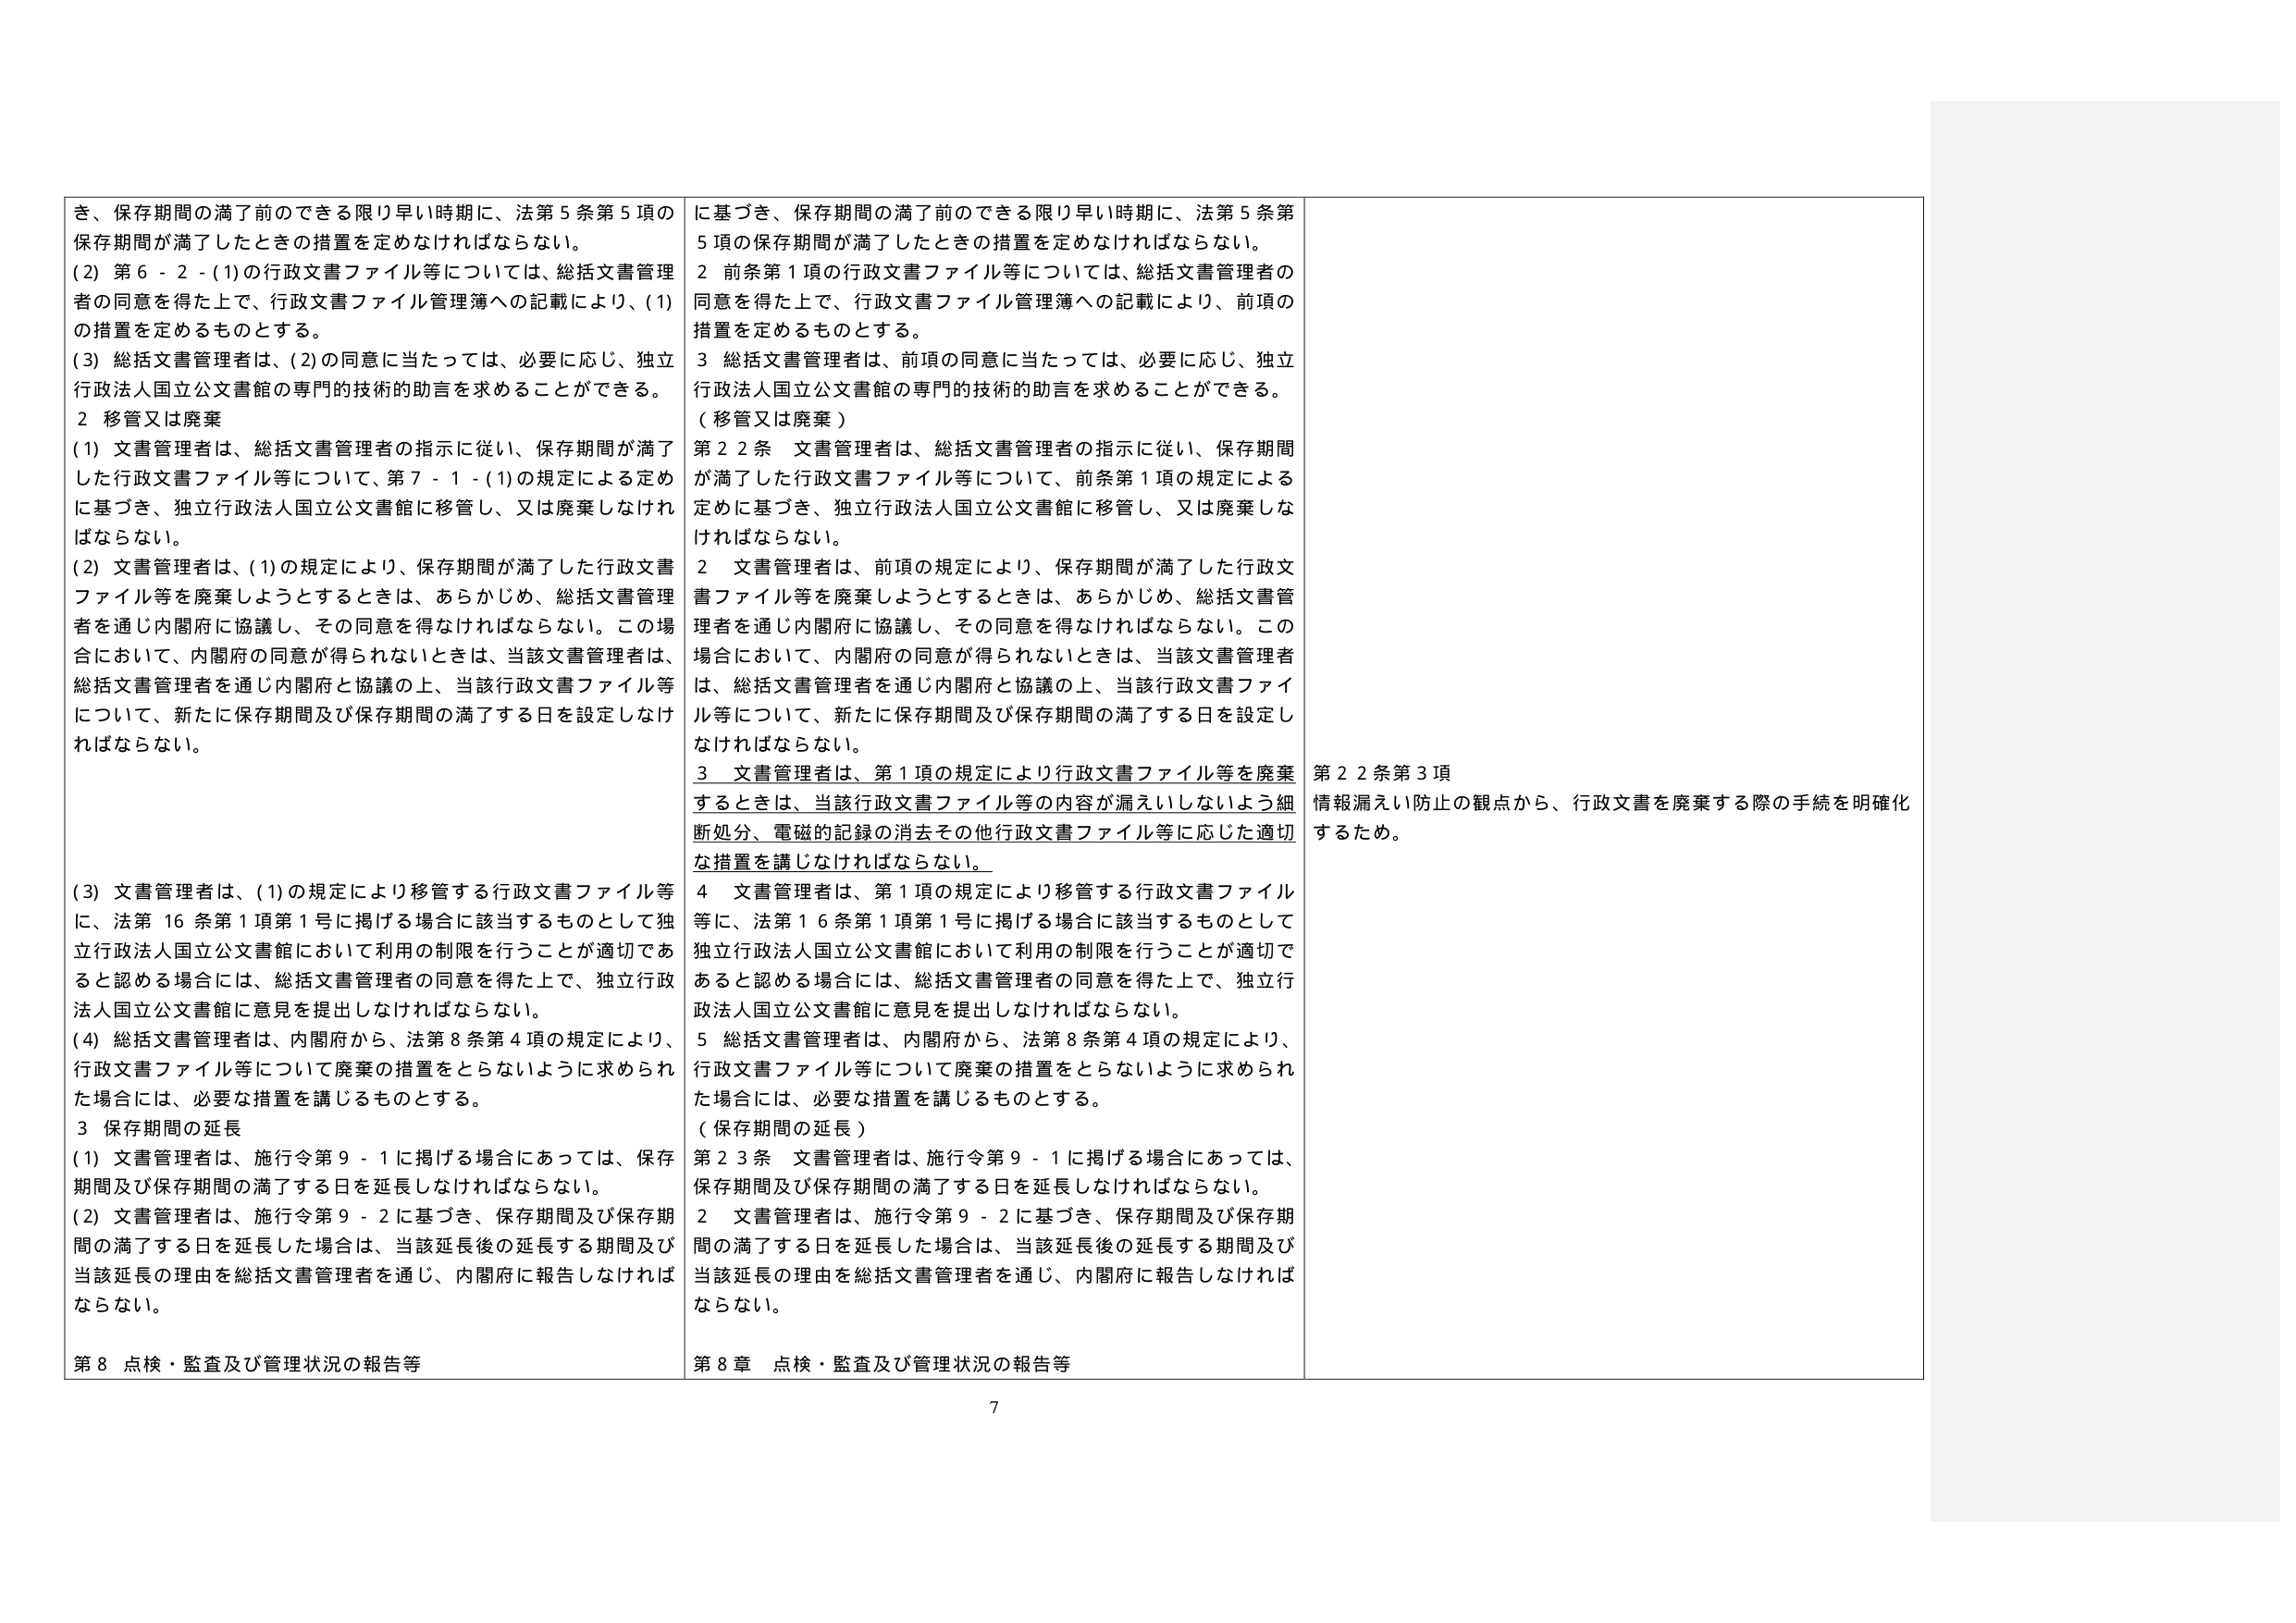
き、保存期間の満了前のできる限り早い時期に、法第5条第5項の保存期間が満了したときの措置を定めなければならない。
(2) 第6-2-(1)の行政文書ファイル等については、総括文書管理者の同意を得た上で、行政文書ファイル管理簿への記載により、(1)の措置を定めるものとする。
(3) 総括文書管理者は、(2)の同意に当たっては、必要に応じ、独立行政法人国立公文書館の専門的技術的助言を求めることができる。
2 移管又は廃棄
(1) 文書管理者は、総括文書管理者の指示に従い、保存期間が満了した行政文書ファイル等について、第7-1-(1)の規定による定めに基づき、独立行政法人国立公文書館に移管し、又は廃棄しなければならない。
(2) 文書管理者は、(1)の規定により、保存期間が満了した行政文書ファイル等を廃棄しようとするときは、あらかじめ、総括文書管理者を通じ内閣府に協議し、その同意を得なければならない。この場合において、内閣府の同意が得られないときは、当該文書管理者は、総括文書管理者を通じ内閣府と協議の上、当該行政文書ファイル等について、新たに保存期間及び保存期間の満了する日を設定しなければならない。
(3) 文書管理者は、(1)の規定により移管する行政文書ファイル等に、法第16条第1項第1号に掲げる場合に該当するものとして独立行政法人国立公文書館において利用の制限を行うことが適切であると認める場合には、総括文書管理者の同意を得た上で、独立行政法人国立公文書館に意見を提出しなければならない。
(4) 総括文書管理者は、内閣府から、法第8条第4項の規定により、行政文書ファイル等について廃棄の措置をとらないように求められた場合には、必要な措置を講じるものとする。
3 保存期間の延長
(1) 文書管理者は、施行令第9-1に掲げる場合にあっては、保存期間及び保存期間の満了する日を延長しなければならない。
(2) 文書管理者は、施行令第9-2に基づき、保存期間及び保存期間の満了する日を延長した場合は、当該延長後の延長する期間及び当該延長の理由を総括文書管理者を通じ、内閣府に報告しなければならない。
第8 点検・監査及び管理状況の報告等

に基づき、保存期間の満了前のできる限り早い時期に、法第5条第5項の保存期間が満了したときの措置を定めなければならない。
2 前条第1項の行政文書ファイル等については、総括文書管理者の同意を得た上で、行政文書ファイル管理簿への記載により、前項の措置を定めるものとする。
3 総括文書管理者は、前項の同意に当たっては、必要に応じ、独立行政法人国立公文書館の専門的技術的助言を求めることができる。
（移管又は廃棄）
第22条 文書管理者は、総括文書管理者の指示に従い、保存期間が満了した行政文書ファイル等について、前条第1項の規定による定めに基づき、独立行政法人国立公文書館に移管し、又は廃棄しなければならない。
2 文書管理者は、前項の規定により、保存期間が満了した行政文書ファイル等を廃棄しようとするときは、あらかじめ、総括文書管理者を通じ内閣府に協議し、その同意を得なければならない。この場合において、内閣府の同意が得られないときは、当該文書管理者は、総括文書管理者を通じ内閣府と協議の上、当該行政文書ファイル等について、新たに保存期間及び保存期間の満了する日を設定しなければならない。
3 文書管理者は、第1項の規定により行政文書ファイル等を廃棄するときは、当該行政文書ファイル等の内容が漏えいしないよう細断処分、電磁的記録の消去その他行政文書ファイル等に応じた適切な措置を講じなければならない。
4 文書管理者は、第1項の規定により移管する行政文書ファイル等に、法第16条第1項第1号に掲げる場合に該当するものとして独立行政法人国立公文書館において利用の制限を行うことが適切であると認める場合には、総括文書管理者の同意を得た上で、独立行政法人国立公文書館に意見を提出しなければならない。
5 総括文書管理者は、内閣府から、法第8条第4項の規定により、行政文書ファイル等について廃棄の措置をとらないように求められた場合には、必要な措置を講じるものとする。
（保存期間の延長）
第23条 文書管理者は、施行令第9-1に掲げる場合にあっては、保存期間及び保存期間の満了する日を延長しなければならない。
2 文書管理者は、施行令第9-2に基づき、保存期間及び保存期間の満了する日を延長した場合は、当該延長後の延長する期間及び当該延長の理由を総括文書管理者を通じ、内閣府に報告しなければならない。
第8章 点検・監査及び管理状況の報告等

第22条第3項
情報漏えい防止の観点から、行政文書を廃棄する際の手続を明確化するため。

7